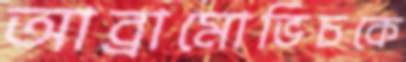
আব্রামোভিচকে